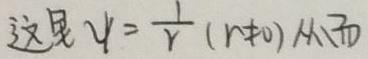
这是 $\psi = \frac{1}{r}(r\neq0)$ 从而